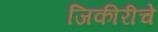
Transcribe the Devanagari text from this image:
जिकीरीचे